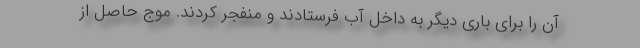
آن را برای باری دیگر به داخل آب فرستادند و منفجر کردند. موج حاصل از